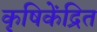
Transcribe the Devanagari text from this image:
कृषिकेंद्रित